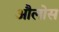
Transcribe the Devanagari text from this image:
औलोस